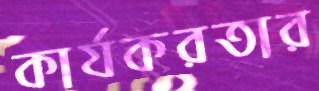
কার্যকরতার